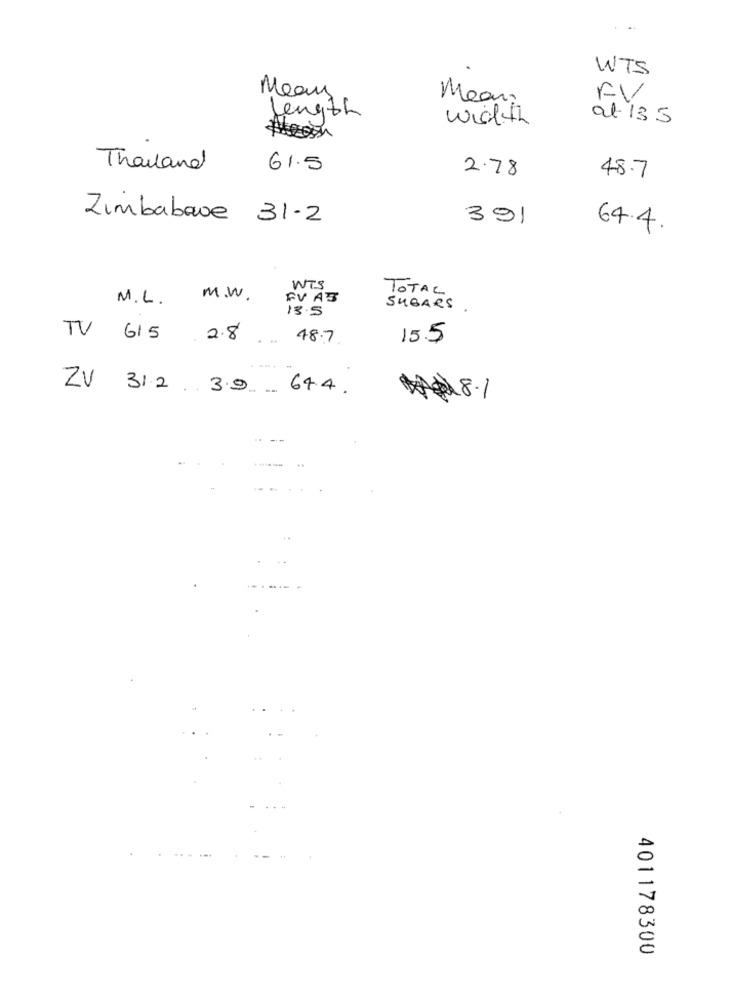
WTS
Mean
Mean.
FV
Length
width
at 135
Thousand
61.5
2.78
48.7
Zimbabawe 31-2
391
64.4.
WTS
TOTAL
M.L.
M .W.
FV AS
13.5
SUGARS
TV
615 2.8. 48.7
15.5
.-..
ZU
31.2. 3.9 644
401178300